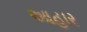
આહાર